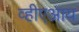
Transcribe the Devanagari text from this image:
व्हीएआय